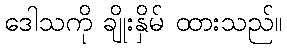
ဒေါသကို ချိုးနှိမ် ထားသည်။